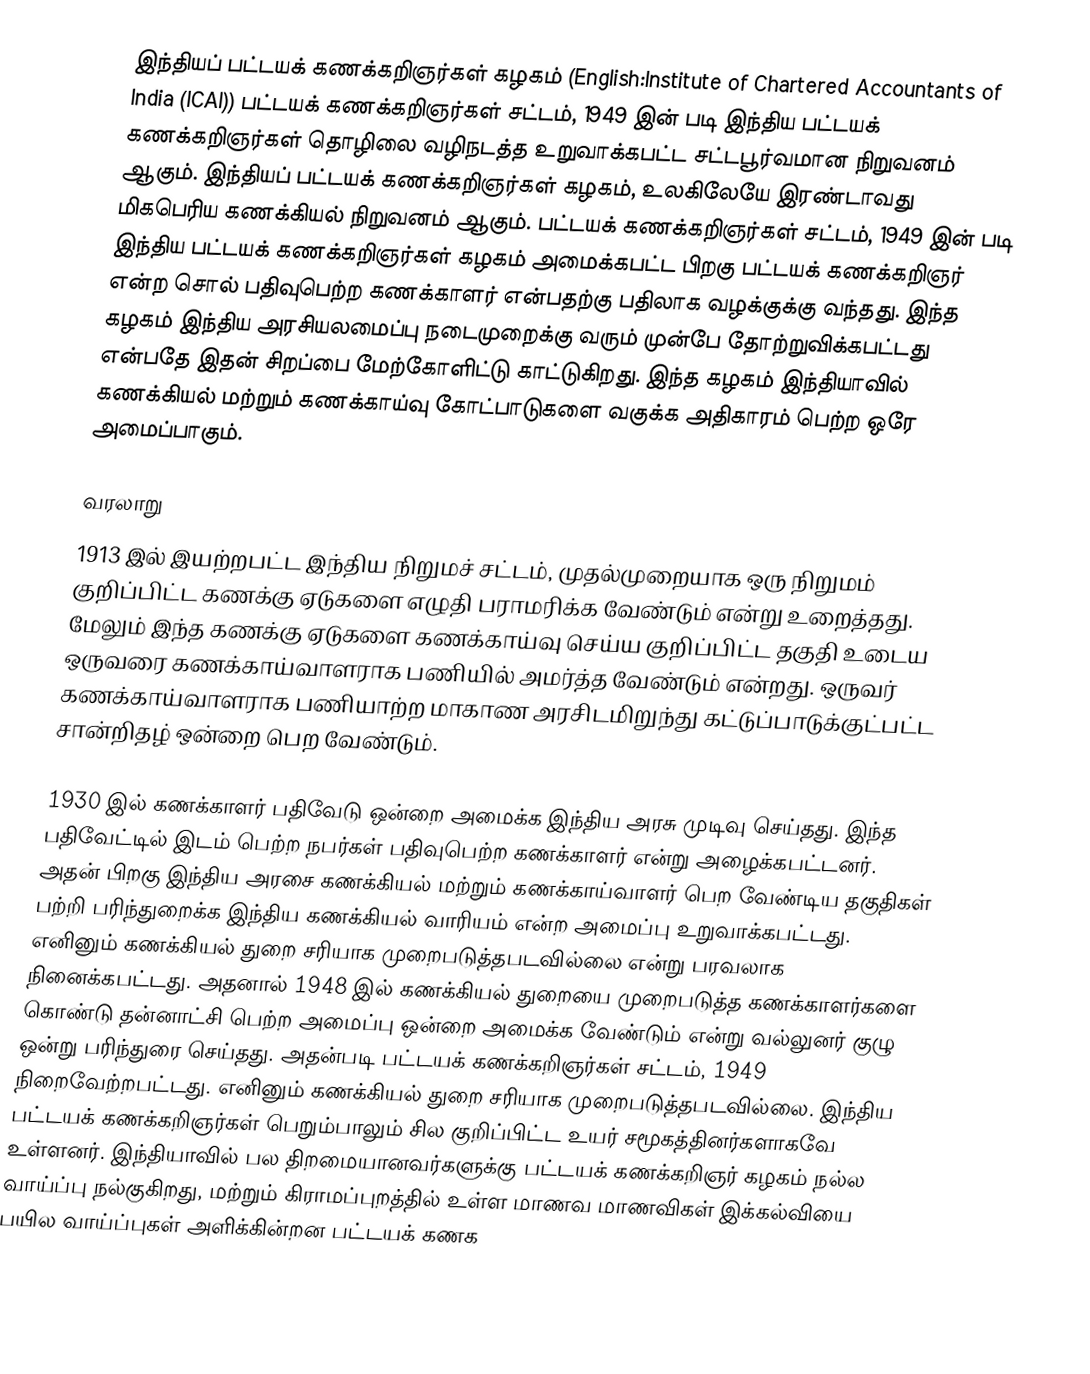
இந்தியப் பட்டயக் கணக்கறிஞர்கள் கழகம் (English:Institute of Chartered Accountants of India (ICAI)) பட்டயக் கணக்கறிஞர்கள் சட்டம், 1949 இன் படி இந்திய பட்டயக் கணக்கறிஞர்கள் தொழிலை வழிநடத்த உறுவாக்கபட்ட சட்டபூர்வமான நிறுவனம் ஆகும். இந்தியப் பட்டயக் கணக்கறிஞர்கள் கழகம், உலகிலேயே இரண்டாவது மிகபெரிய கணக்கியல் நிறுவனம் ஆகும். பட்டயக் கணக்கறிஞர்கள் சட்டம், 1949 இன் படி இந்திய பட்டயக் கணக்கறிஞர்கள் கழகம் அமைக்கபட்ட பிறகு பட்டயக் கணக்கறிஞர் என்ற சொல் பதிவுபெற்ற கணக்காளர் என்பதற்கு பதிலாக வழக்குக்கு வந்தது. இந்த கழகம் இந்திய அரசியலமைப்பு நடைமுறைக்கு வரும் முன்பே தோற்றுவிக்கபட்டது என்பதே இதன் சிறப்பை மேற்கோளிட்டு காட்டுகிறது. இந்த கழகம் இந்தியாவில் கணக்கியல் மற்றும் கணக்காய்வு கோட்பாடுகளை வகுக்க அதிகாரம் பெற்ற ஒரே அமைப்பாகும்.

வரலாறு
1913 இல் இயற்றபட்ட இந்திய நிறுமச் சட்டம், முதல்முறையாக ஒரு நிறுமம் குறிப்பிட்ட கணக்கு ஏடுகளை எழுதி பராமரிக்க வேண்டும் என்று உறைத்தது. மேலும் இந்த கணக்கு ஏடுகளை கணக்காய்வு செய்ய குறிப்பிட்ட தகுதி உடைய ஒருவரை  கணக்காய்வாளராக பணியில் அமர்த்த வேண்டும் என்றது. ஒருவர் கணக்காய்வாளராக பணியாற்ற மாகாண அரசிடமிறுந்து கட்டுப்பாடுக்குட்பட்ட சான்றிதழ் ஒன்றை பெற வேண்டும்.

1930 இல் கணக்காளர் பதிவேடு ஒன்றை அமைக்க இந்திய அரசு முடிவு செய்தது. இந்த பதிவேட்டில் இடம் பெற்ற நபர்கள் பதிவுபெற்ற கணக்காளர் என்று அழைக்கபட்டனர். அதன் பிறகு இந்திய அரசை கணக்கியல் மற்றும் கணக்காய்வாளர் பெற வேண்டிய தகுதிகள் பற்றி பரிந்துறைக்க இந்திய கணக்கியல் வாரியம் என்ற அமைப்பு உறுவாக்கபட்டது. எனினும் கணக்கியல் துறை சரியாக முறைபடுத்தபடவில்லை என்று பரவலாக நினைக்கபட்டது. அதனால் 1948 இல் கணக்கியல் துறையை முறைபடுத்த கணக்காளர்களை கொண்டு தன்னாட்சி பெற்ற அமைப்பு ஒன்றை அமைக்க வேண்டும் என்று வல்லுனர் குழு ஒன்று பரிந்துரை செய்தது. அதன்படி பட்டயக் கணக்கறிஞர்கள் சட்டம், 1949 நிறைவேற்றபட்டது. எனினும் கணக்கியல் துறை சரியாக முறைபடுத்தபடவில்லை. இந்திய பட்டயக் கணக்கறிஞர்கள் பெறும்பாலும் சில குறிப்பிட்ட உயர் சமூகத்தினர்களாகவே உள்ளனர். இந்தியாவில் பல திறமையானவர்களுக்கு பட்டயக் கணக்கறிஞர் கழகம் நல்ல வாய்ப்பு நல்குகிறது, மற்றும் கிராமப்புறத்தில் உள்ள மாணவ மாணவிகள் இக்கல்வியை பயில வாய்ப்புகள் அளிக்கின்றன பட்டயக் கணக